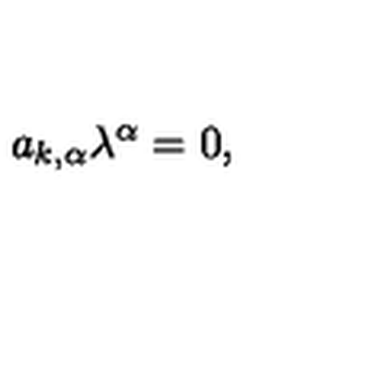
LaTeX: a _ { k , \alpha } \lambda ^ { \alpha } = 0 ,